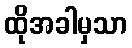
ထိုအခါမှသာ